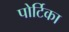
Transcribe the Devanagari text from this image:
पोर्टिका